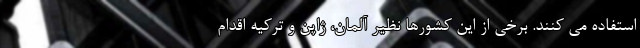
استفاده می کنند. برخی از این کشورها نظیر آلمان، ژاپن و ترکیه اقدام